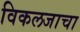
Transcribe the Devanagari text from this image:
विकलजाचा